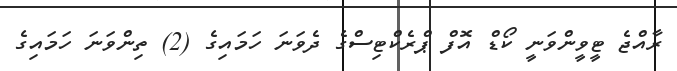
ރާއްޖެ ޓީވީންވަނީ ކޯޑް އޮފް ޕްރެކްޓިސްގެ ދެވަނަ ހަމައިގެ (2) ތިންވަނަ ހަމައިގެ